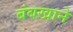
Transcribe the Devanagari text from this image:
बंबखाने